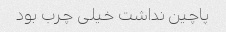
پاچین نداشت خیلی چرب بود